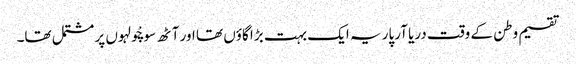
تقسیم وطن کے وقت دریا آرپار یہ ایک بہت بڑا گاؤں تھا اور آٹھ سو چْولہوں پر مشتمل تھا۔